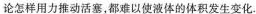
论怎样用力推动活塞，都难以使液体的体积发生变化.